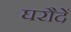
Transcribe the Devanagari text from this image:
घरौदें